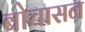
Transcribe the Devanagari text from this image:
बोचासन